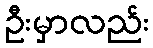
ဦးမှာလည်း